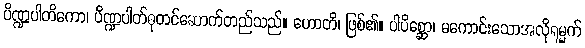
ပိဏ္ဍပါတိကော၊ ပိဏ္ဍပါတ်ဓုတင်ဆောက်တည်သည်။ ဟောတိ၊ ဖြစ်၏။ ပါပိစ္ဆော၊ မကောင်းသောအလိုရမ္မက်